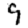
Digit: 9